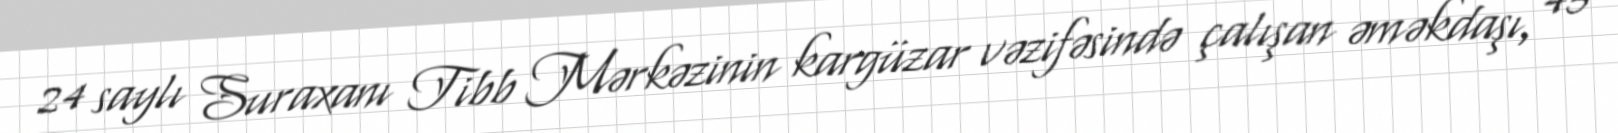
24 saylı Suraxanı Tibb Mərkəzinin kargüzar vəzifəsində çalışan əməkdaşı, 45